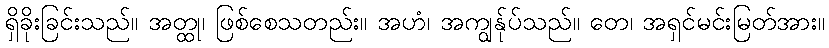
ရှိခိုးခြင်းသည်။ အတ္ထု၊ ဖြစ်စေသတည်း။ အဟံ၊ အကျွန်ုပ်သည်။ တေ၊ အရှင်မင်းမြတ်အား။